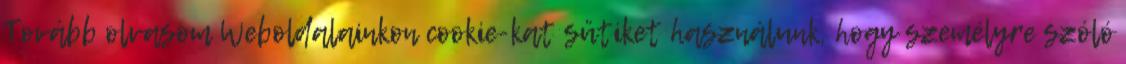
Tovább olvasom Weboldalainkon cookie-kat sütiket használunk, hogy személyre szóló